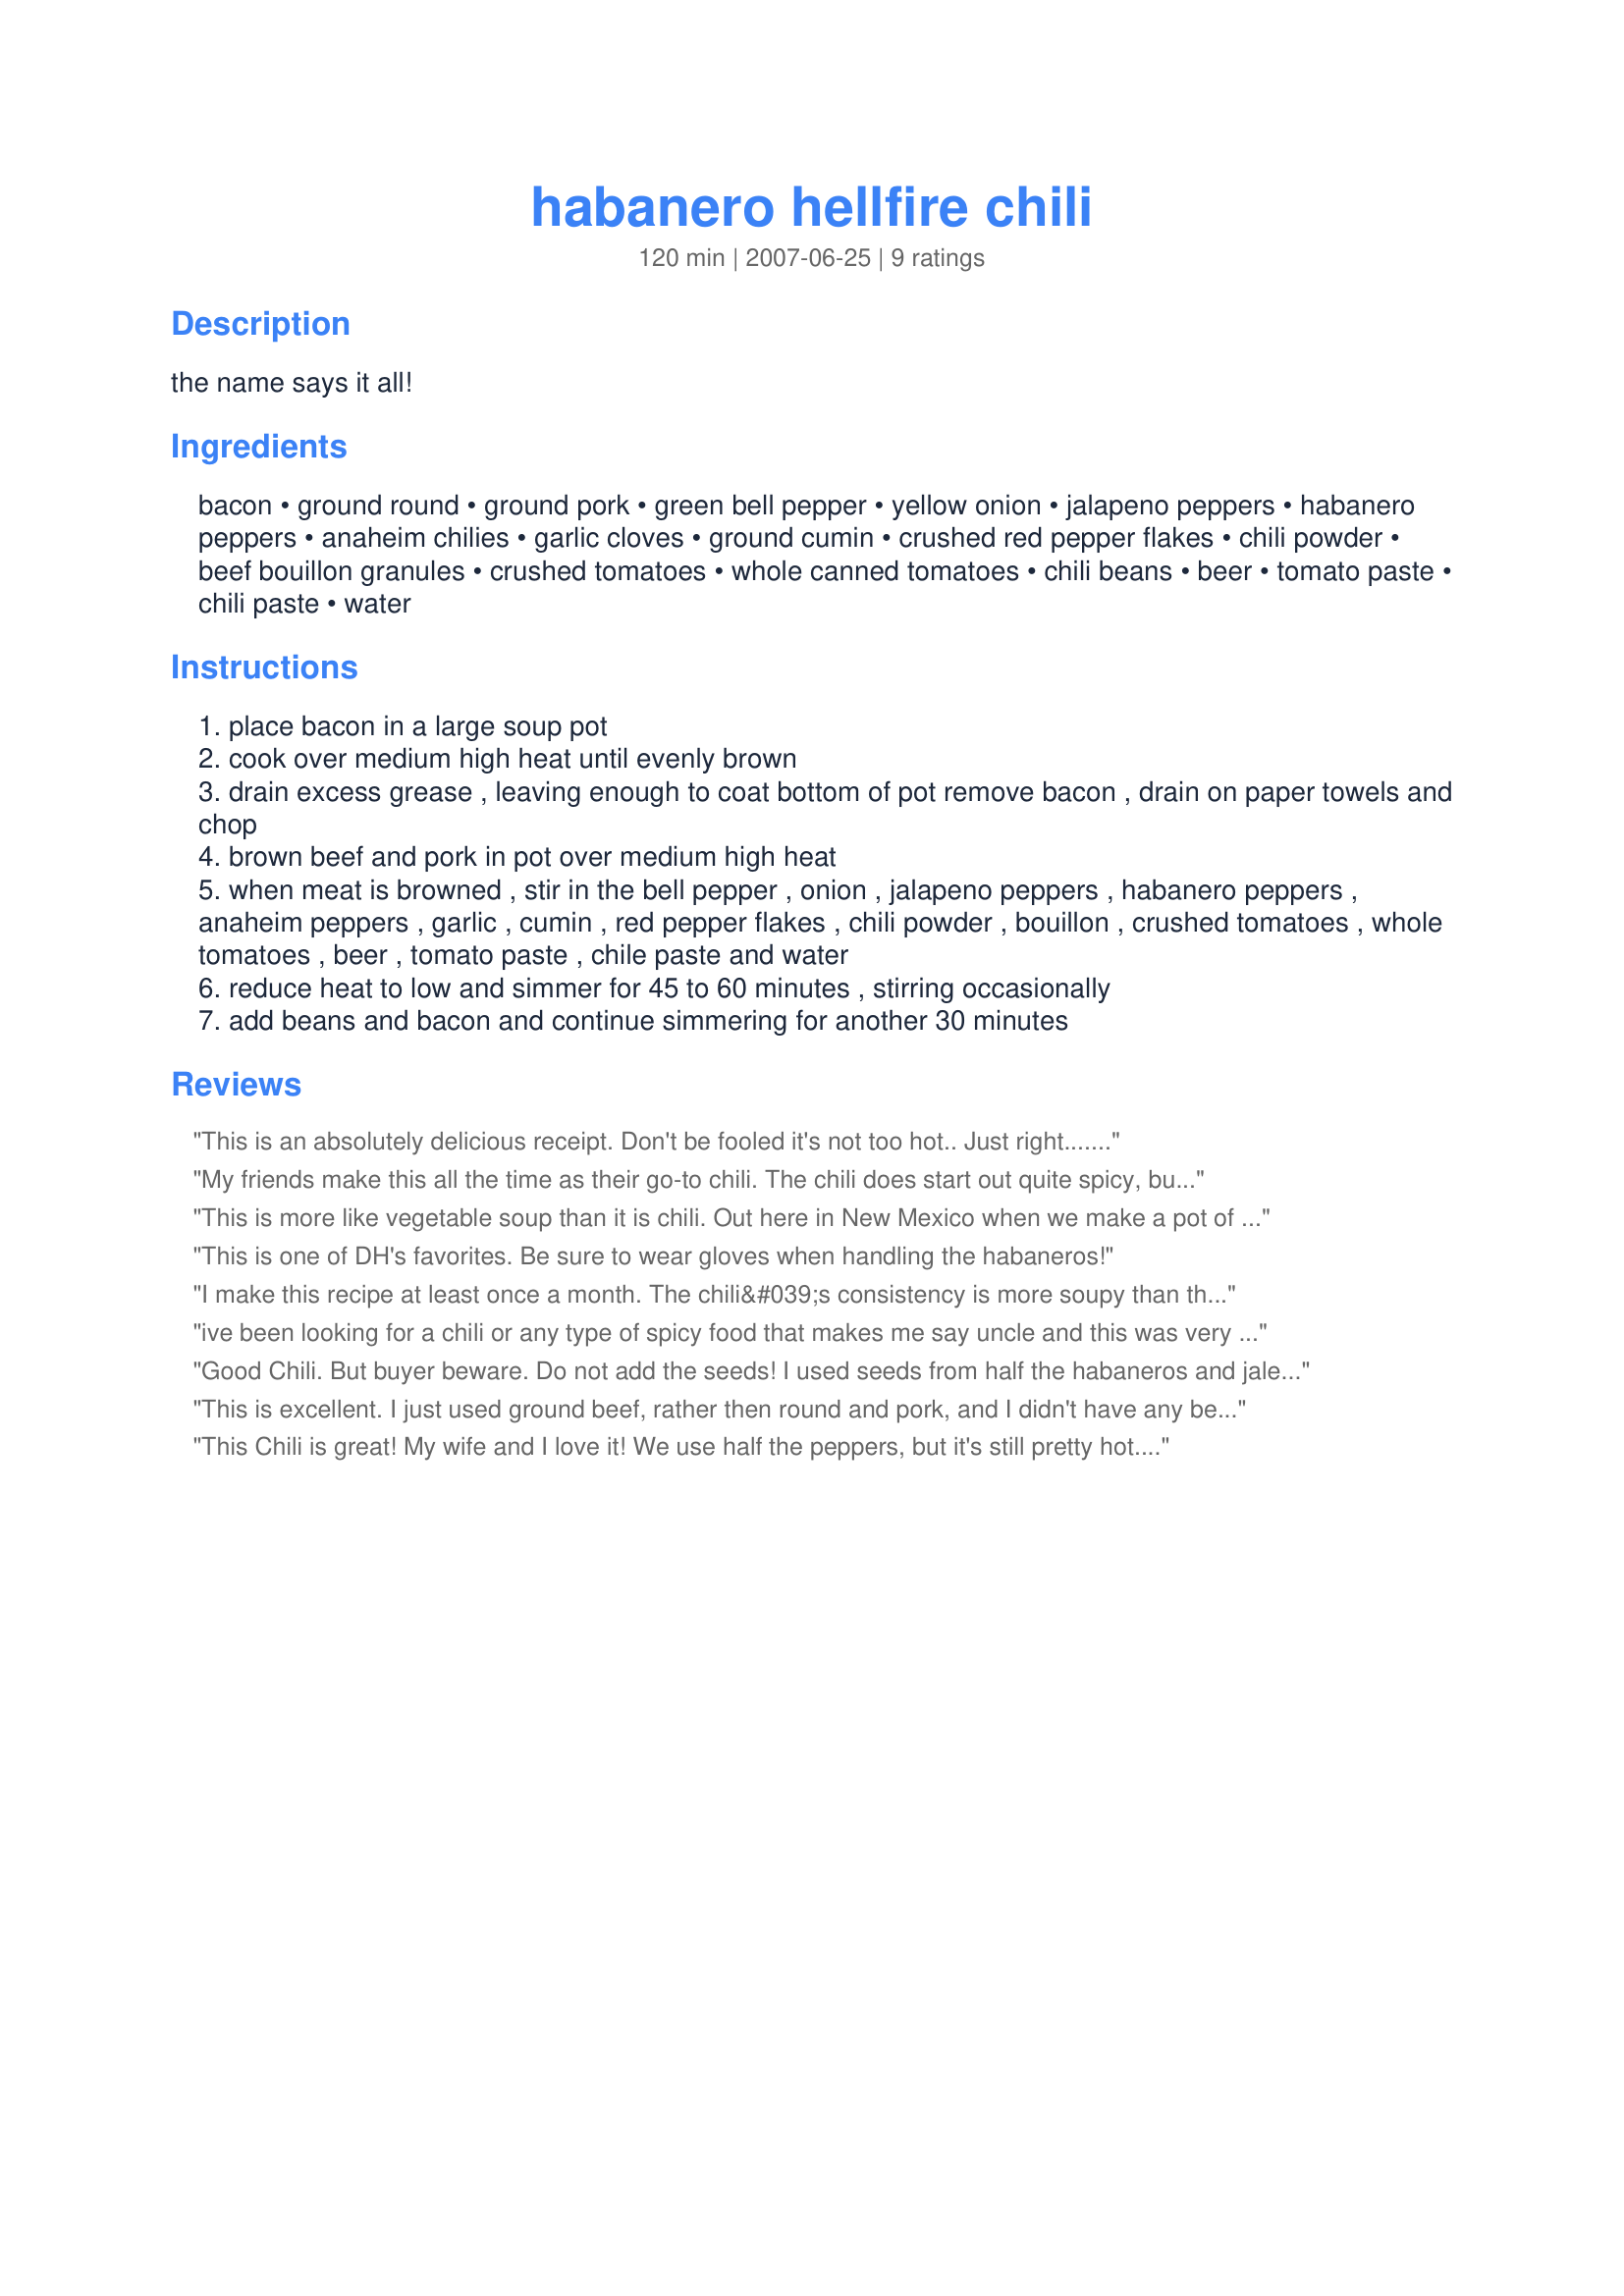
habanero hellfire chili
Preparation time: 120 minutes

the name says it all!

Ingredients:
bacon, ground round, ground pork, green bell pepper, yellow onion, jalapeno peppers, habanero peppers, anaheim chilies, garlic cloves, ground cumin, crushed red pepper flakes, chili powder, beef bouillon granules, crushed tomatoes, whole canned tomatoes, chili beans, beer, tomato paste, chili paste, water

Steps:
place bacon in a large soup pot
cook over medium high heat until evenly brown
drain excess grease , leaving enough to coat bottom of pot remove bacon , drain on paper towels and chop
brown beef and pork in pot over medium high heat
when meat is browned , stir in the bell pepper , onion , jalapeno peppers , habanero peppers , anaheim peppers , garlic , cumin , red pepper flakes , chili powder , bouillon , crushed tomatoes , whole tomatoes , beer , tomato paste , chile paste and water
reduce heat to low and simmer for 45 to 60 minutes , stirring occasionally
add beans and bacon and continue simmering for another 30 minutes

Reviews:
This is an absolutely delicious receipt. Don't be fooled it's not too hot.. Just right.......
My friends make this all the time as their go-to chili. The chili does start out quite spicy, but if you cook it for longer, some of the spiciness does dissipate. After several successes with this recipe, my friends and I decided that the can of beer doesn't play an important role, but I always add it anyway. A+++ would cook again.
This is more like vegetable soup than it is chili. Out here in New Mexico when we make a pot of chili, the red or green chili is the main ingredient. We do not dilute it with tomatoes of any kind. We use the red chili puree or powder, add broth, garlic, ground cumin, Mexican oregano and that&#039;s about it. It looks like chili and it tastes like chili and we never put any kind of sugar in it. We make it mild, medium, hot or extra hot and the red chili powder or chili sauce are what gives it the heat not a bunch of green chilies. When we make green chili, we use Big Jim green chili and some times jalapenos, serranos but the main ingredient is always the green chili. We might add chunks of pork to the red or green and sometimes chopped beef but not much else except garlic and salt. Chili should look like chili and taste like chili not like tomato soup. For us it&#039;s not the heat that determines if it is chili but the percentage of chili in it. A couple of tablespoons is a joke
This is one of DH's favorites. Be sure to wear gloves when handling the habaneros!
I make this recipe at least once a month. The chili&#039;s consistency is more soupy than thick, and the flavor is absolutely amazing. You can scale back the spice level and still the great flavor remains. I usually put a can a black beans in with the pintos, and serve over rice with sour cream &amp; cheese. Enjoy!
ive been looking for a chili or any type of spicy food that makes me say uncle and this was very close but after test tryingit i decided to go for the same amount of peppers but i used ghost and added some Serrano peppers too,great addition if your looking for a chili to really warm you up!!
Good Chili. But buyer beware. Do not add the seeds! I used seeds from half the habaneros and jalepeno's the first time and about burned my insides out. Elvis Presley couldn't say it better with a hunk of burnin love, because the next day was like a fire drill. If you do just add the seeds, I suggest you also consider using a flame thrower to warm up when you are cold because it's very similar.
This is excellent. I just used ground beef, rather then round and pork, and I didn't have any beef boulllon, but still it was absolutely fantastic. And yes, defiantly wear gloves for the peppers... and don't touch your face...it does indeed burn.
This Chili is great! My wife and I love it! We use half the peppers, but it's still pretty hot. It's perfect Chili.
